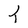
Character: T